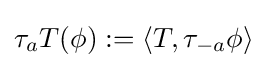
\tau _{a}T(\phi ):=\left\langle T,\tau _{-a}\phi \right\rangle